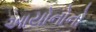
આયોનોનો